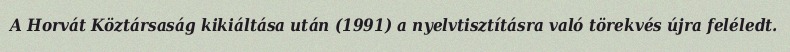
A Horvát Köztársaság kikiáltása után (1991) a nyelvtisztításra való törekvés újra feléledt.